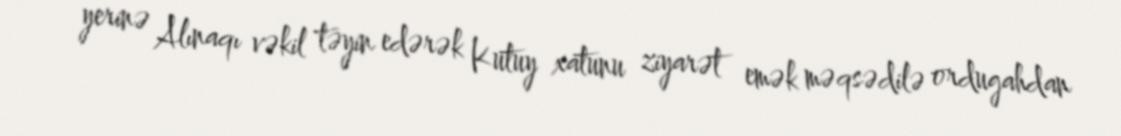
yerinə Alınaqı vəkil təyin edərək Kutuy xatunu ziyarət emək məqsədilə ordugahdan